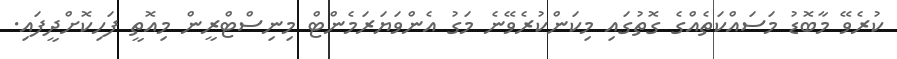
ކުރެވޭ މާބޮޑު މަސައްކަތެއްގެ ގޮތުގައި މިކަންކުރެވޭނެ މަގު އެންވަޔަރަމެންޓް މިނިސްޓްރީން މިއޮތީ ފަހިކޮށްދީފައި.